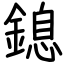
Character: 鎴